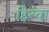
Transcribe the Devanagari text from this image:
हिरंवा